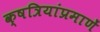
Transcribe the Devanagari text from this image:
क्षत्रियांप्रमाणें